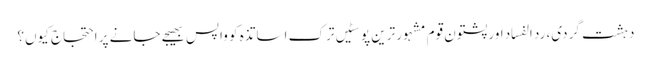
دہشت گردی، رد الفساد اور پشتون قوم	مشہور ترین پوسٹیں	ترک اساتذہ کو واپس بھیجے جانے پر احتجاج کیوں؟